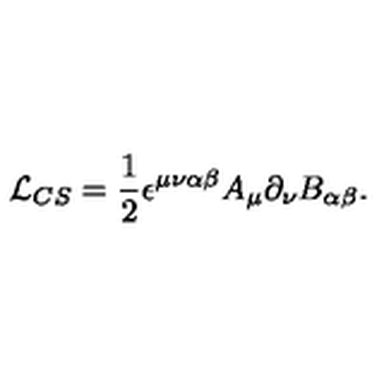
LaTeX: { \cal L } _ { C S } = \frac { 1 } { 2 } \epsilon ^ { \mu \nu \alpha \beta } A _ { \mu } \partial _ { \nu } B _ { \alpha \beta } .